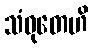
သံဝုတေဟိ